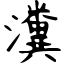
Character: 瀵